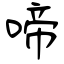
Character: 啼